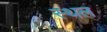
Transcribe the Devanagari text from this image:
स्थल